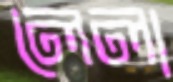
লেলা